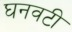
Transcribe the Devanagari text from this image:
घनवटी